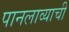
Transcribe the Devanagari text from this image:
पानलाव्याची